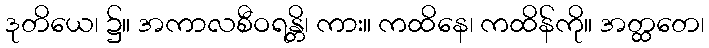
ဒုတိယေ၊ ၌။ အကာလစီဝရန္တိ၊ ကား။ ကထိနေ၊ ကထိန်ကို။ အတ္ထတေ၊